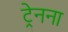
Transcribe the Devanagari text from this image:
ट्रेनना